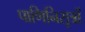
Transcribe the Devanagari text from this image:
पाणिनिसूत्रों